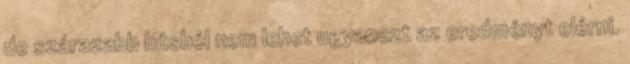
de szárazabb húsból nem lehet ugyanezt az eredményt elérni.